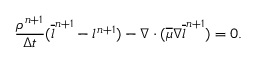
\frac { \rho ^ { n + 1 } } { \Delta t } ( \overline { { l } } ^ { n + 1 } - l ^ { n + 1 } ) - \nabla \cdot ( \overline { { \mu } } \nabla \overline { { l } } ^ { n + 1 } ) = 0 .